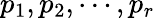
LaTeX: p_{1},p_{2},\cdots,p_{r}